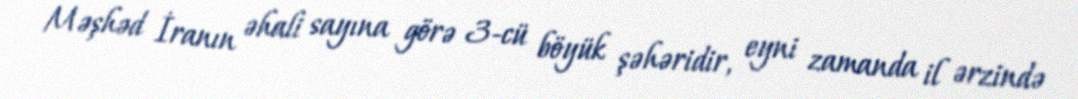
Məşhəd İranın əhali sayına görə 3-cü böyük şəhəridir, eyni zamanda il ərzində